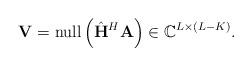
LaTeX: \begin{align*}{\bf V}={\rm null}\left(\hat{\bf H}^H {\bf A}\right) \in \mathbb{C}^{L \times (L-K)}.\end{align*}